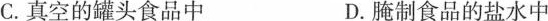
C.真空的罐头食品中 D.腌制食品的盐水中